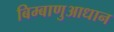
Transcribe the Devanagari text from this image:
बिम्बाणुआधान